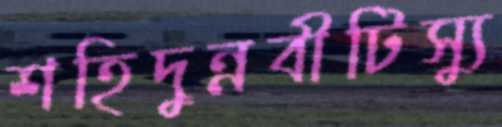
শহিদুন্নবীটিস্যু